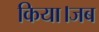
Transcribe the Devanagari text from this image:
किया।जब